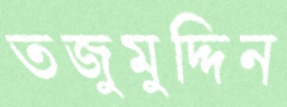
তজুমুদ্দিন